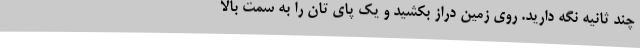
چند ثانیه نگه دارید. روی زمین دراز بکشید و یک پای تان را به سمت بالا